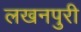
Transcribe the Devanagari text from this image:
लखनपुरी